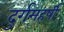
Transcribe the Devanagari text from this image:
दुर्गमहर्षी